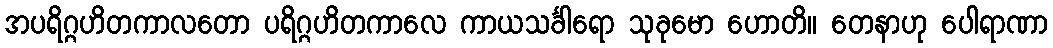
အပရိဂ္ဂဟိတကာလတော ပရိဂ္ဂဟိတကာလေ ကာယသင်္ခါရော သုခုမော ဟောတိ။ တေနာဟု ပေါရာဏာ